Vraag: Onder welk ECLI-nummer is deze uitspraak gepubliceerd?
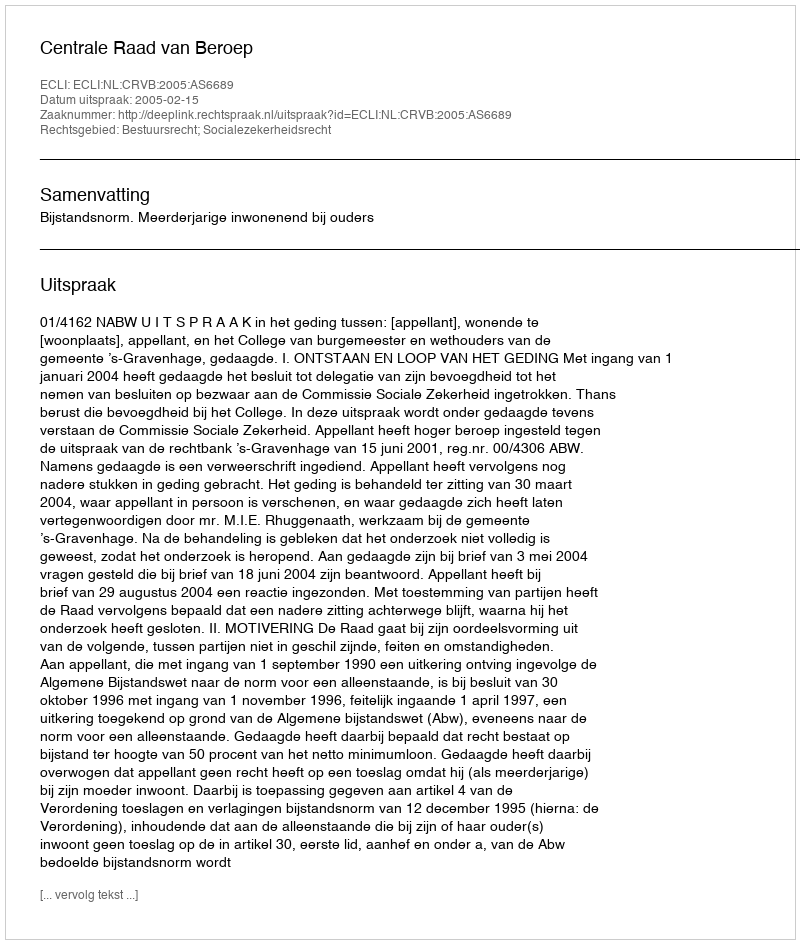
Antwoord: ECLI:NL:CRVB:2005:AS6689